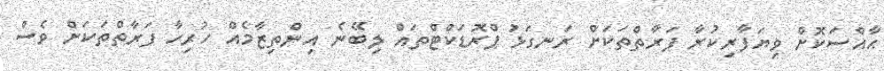
ޙާއްސަކޮށް ވިޔަފާރިކުރާ ފަރާތްތަކަށް ރަނގަޅު ޕްރޮޑަކްޓްތައް ލިބޭނެ އިންތިޒާމެއް ހުރިހާ ފަރާތްތަކަށް ވެސް